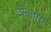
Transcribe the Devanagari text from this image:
दोनतास